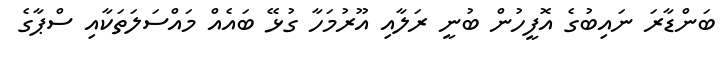
ބަންޑާރަ ނައިބުގެ އޮފީހުން ބުނީ ރަލާއި އޫރުމަހާ ގުޅޭ ބައެއް މައްސަލަތަކާއި ސްޕާގެ